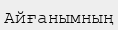
Айғанымның